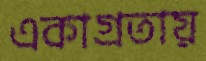
একাগ্রতায়